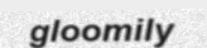
gloomily